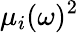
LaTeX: \mu_{i}(\omega)^{2}